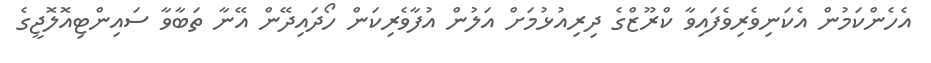
އެހެންކަމުން އެކަނިވެރިވެފައިވާ ކްރޫޒްގެ ދިރިއުޅުމަށް އަލުން އުފާވެރިކަން ހޯދައިދޭން އޭނާ ތަބާވާ ސައިންޓިއޮލޮޖީގެ